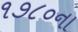
૧૭૮૦ના